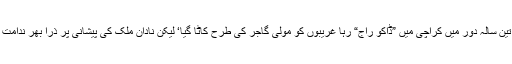
ساڑھے تین سالہ دور میں کراچی میں ”ڈاکو راج“ رہا غریبوں کو مولی گاجر کی طرح کاٹا گیا‘ لیکن نادان ملک کی پیشانی پر ذرا بھر ندامت نہیں آئی۔